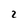
Character: 2